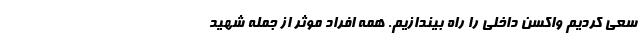
سعی کردیم واکسن داخلی را راه بیندازیم. همه افراد موثر از جمله شهید